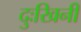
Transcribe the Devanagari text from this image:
दुःखिनी